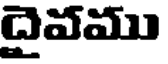
దైవము